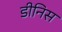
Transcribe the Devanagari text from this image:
डीनिस